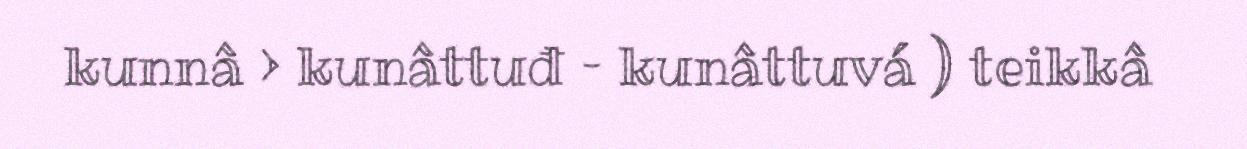
kunnâ > kunâttuđ – kunâttuvá ) teikkâ